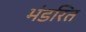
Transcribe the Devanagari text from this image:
भंडरित